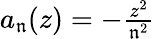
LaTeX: \textstyle{a_{\mathfrak{n}}(z)=-{\frac{{z^{2}}}{{\mathfrak{n}^{2}}}}}